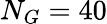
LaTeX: N_{G}=40